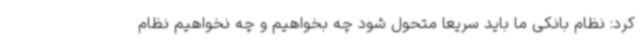
کرد: نظام بانکی ما باید سریعا متحول شود چه بخواهیم و چه نخواهیم نظام